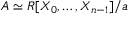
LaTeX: A \simeq R [ X _ { 0 } , \dotsc , X _ { n - 1 } ] / { \mathfrak { a } }